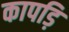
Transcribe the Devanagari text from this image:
कापड़ि